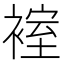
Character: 𮷂